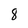
Character: 8